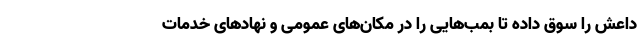
داعش را سوق داده تا بمب‌هایی را در مکان‌های عمومی و نهادهای خدمات